Annual report on the Civil Veterinary Department, Burma (including the Insein Veterinary School) - 1910-1922
Year: 1910
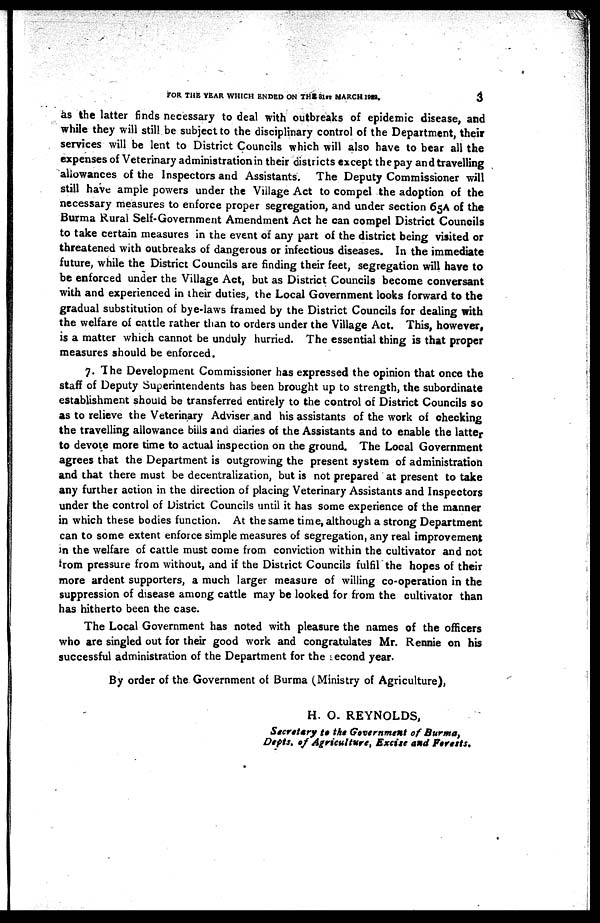
FOR THE YEAR WHICH ENDED ON THE 31ST MARCH 1929.
3
as the latter finds necessary to deal with outbreaks of epidemic disease, and
while they will still be subject to the disciplinary control of the Department, their
services will be lent to District Councils which will also have to bear all the
expenses of Veterinary administration in their districts except the pay and travelling
allowances of the Inspectors and Assistants. The Deputy Commissioner will
still have ample powers under the Village Act to compel the adoption of the
necessary measures to enforce proper segregation, and under section 65A of the
Burma Rural Self-Government Amendment Act he can compel District Councils
to take certain measures in the event of any part of the district being visited or
threatened with outbreaks of dangerous or infectious diseases. In the immediate
future, while the District Councils are finding their feet, segregation will have to
be enforced under the Village Act, but as District Councils become conversant
with and experienced in their duties, the Local Government looks forward to the
gradual substitution of bye-laws framed by the District Councils for dealing with
the welfare of cattle rather than to orders under the Village Act. This, however,
is a matter which cannot be unduly hurried. The essential thing is that proper
measures should be enforced.
7. The Development Commissioner has expressed the opinion that once the
staff of Deputy Superintendents has been brought up to strength, the subordinate
establishment should be transferred entirely to the control of District Councils so
as to relieve the Veterinary Adviser and his assistants of the work of checking
the travelling allowance bills and diaries of the Assistants and to enable the latter
to devote more time to actual inspection on the ground. The Local Government
agrees that the Department is outgrowing the present system of administration
and that there must be decentralization, but is not prepared at present to take
any further action in the direction of placing Veterinary Assistants and Inspectors
under the control of District Councils until it has some experience of the manner
in which these bodies function. At the same time, although a strong Department
can to some extent enforce simple measures of segregation, any real improvement
in the welfare of cattle must come from conviction within the cultivator and not
from pressure from without, and if the District Councils fulfil the hopes of their
more ardent supporters, a much larger measure of willing co-operation in the
suppression of disease among cattle may be looked for from the cultivator than
has hitherto been the case.
The Local Government has noted with pleasure the names of the officers
who are singled out for their good work and congratulates Mr. Rennie on his
successful administration of the Department for the second year.
By order of the Government of Burma (Ministry of Agriculture),
H. O. REYNOLDS,
Secretary to the Government of Burma,
Depts. of Agriculture, Excite and Forests.